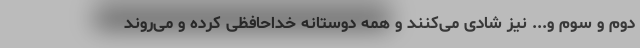
دوم و سوم و... نیز شادی می‌کنند و همه دوستانه خداحافظی کرده و می‌روند